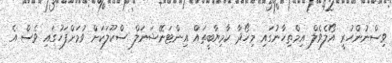
ވިސްނުންހުރީ އޯލެވެލް އިމްތިހާނުގައި މިހޯދާ ކާމިޔާބީތައް އިންޓަނޭޝަނަލް ސްކޫލަކަށް ވުމަށްފަހުގައި ވެސް އެ